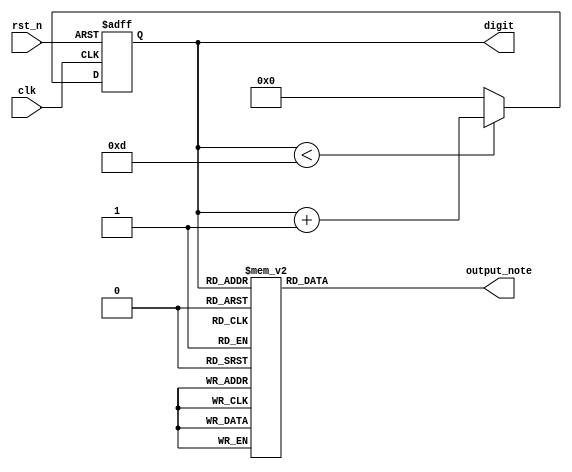
`timescale 1ns / 1ps
//////////////////////////////////////////////////////////////////////////////////
// Company: 
// Engineer: 
// 
// Design Name: 
// Module Name: note_gen
// Project Name: 
// Target Devices: 
// Tool Versions: 
// Description: 
// 
// Dependencies: 
// 
// Revision:
// Revision 0.01 - File Created
// Additional Comments:
// 
//////////////////////////////////////////////////////////////////////////////////

`define Mid_Do 26'd191571
`define Mid_Re 26'd170648
`define Mid_Mi 26'd151515
`define Mid_Fa 26'd143266
`define Mid_So 26'd127511
`define Mid_La 26'd113636
`define Mid_Si 26'd101215
`define Higher_Do 26'd95420
`define Higher_Re 26'd85034
`define Higher_Mi 26'd75758
`define Higher_Fa 26'd71633
`define Higher_So 26'd63776
`define Higher_La 26'd56818
`define Higher_Si 26'd50678


module note_gen(clk, rst_n, output_note, digit);

input clk;
input rst_n;
output [25:0] output_note;
output [3:0] digit;
reg [3:0] digit;
reg [25:0] output_note;
reg [3:0] digit_temp;

always @*
if (digit < 4'd13)
    digit_temp = digit + 1'b1;
else 
    digit_temp = 4'd0;

always @(posedge clk or negedge rst_n)
if (~rst_n)
    digit <= 4'd0;
else 
    digit <= digit_temp;

always @*
begin
    output_note = 0;
    case (digit)
        4'b0000: output_note = `Mid_Do;
        4'b0001: output_note = `Mid_Re;
        4'b0010: output_note = `Mid_Mi;
        4'b0011: output_note = `Mid_Fa;
        4'b0100: output_note = `Mid_So;
        4'b0101: output_note = `Mid_La;
        4'b0110: output_note = `Mid_Si;
        4'b0111: output_note = `Higher_Do;
        4'b1000: output_note = `Higher_Re;
        4'b1001: output_note = `Higher_Mi;
        4'b1010: output_note = `Higher_Fa;
        4'b1011: output_note = `Higher_So;
        4'b1100: output_note = `Higher_La;
        4'b1101: output_note = `Higher_Si;
    endcase
end
    
endmodule